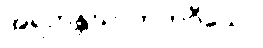
အရဟန္တဃာတကဝီသော